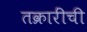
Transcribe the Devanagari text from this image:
तक्रारींची